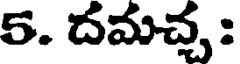
5. దమచ్చ :